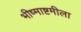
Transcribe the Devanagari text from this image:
भीष्माष्टमीला